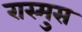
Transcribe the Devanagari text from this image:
रास्मुस